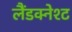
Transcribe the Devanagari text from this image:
लैंडक्नेश्ट